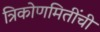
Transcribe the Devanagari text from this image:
त्रिकोणमितींची